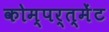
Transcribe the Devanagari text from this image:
कोम्पर्त्मेंट